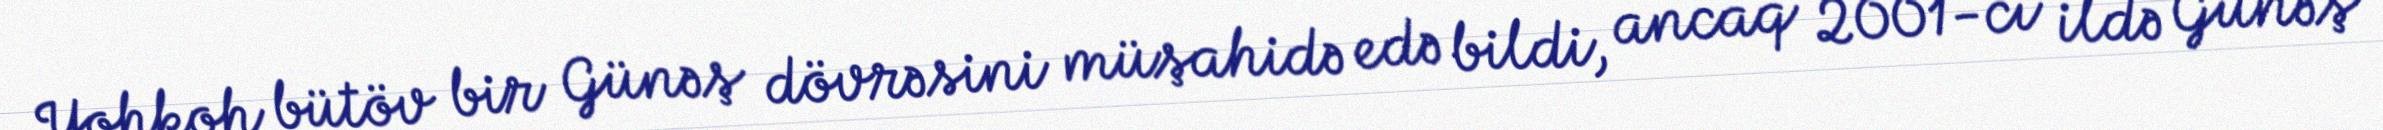
Yohkoh bütöv bir Günəş dövrəsini müşahidə edə bildi, ancaq 2001-ci ildə Günəş